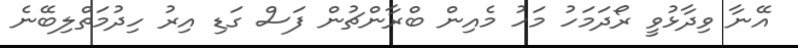
އޭނާ ވިދާޅުވީ ރޯދަމަހު މަހު މެއިން ބްރާންޗުން ފަސް ގަޑި އިރު ހިދުމަތްލިބޭނެ